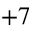
^ { + 7 }